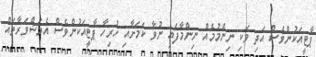
ޕާޓީއަކުންވެސް އަދި ވަކި ނިންމުމެއް ނިންމާފައި ނުވާ ކަމަށާއި ހުރިހާ ޕާޓީއަކުންވެސް އެމަޝްވަރާތައް